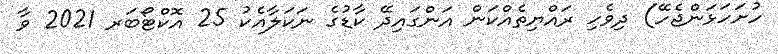
ހުށަހަޅަންޖެހޭ) ދިވެހި ރައްޔިތެއްކަން އަންގައިދޭ ކާޑުގެ ނަކަލާއެކު 25 އޮކްޓޯބަރ 2021 ވާ